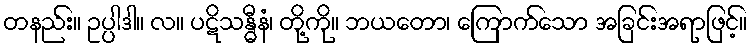
တနည်း။ ဥပ္ပါဒါ။ လ။ ပဋိသန္ဓီနံ၊ တို့ကို။ ဘယတော၊ ကြောက်သော အခြင်းအရာဖြင့်။